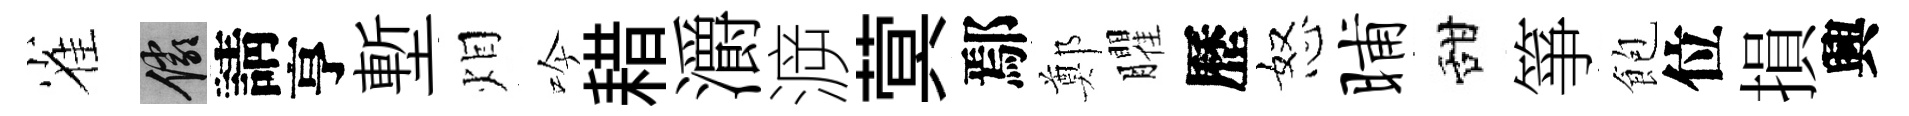
雀儼請亨塹𤇆吟耤灂㴑蓂鄢鄭臞歷怒晡甜箏飽位損興